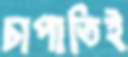
চাপাতিই